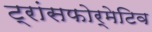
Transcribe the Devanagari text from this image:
ट्रांसफोर्मेटिव